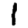
Digit: 1